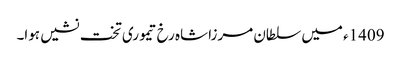
1409ء میں سلطان مرزا شاہ رخ تیموری تخت نشیں ہوا۔